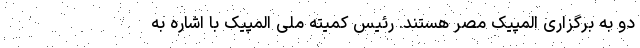
دو به برگزاری المپیک مصر هستند. رئیس کمیته ملی المپیک با اشاره به